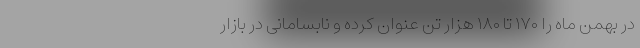
در بهمن ماه را ۱۷۰ تا ۱۸۰ هزار تن عنوان کرده و نابسامانی در بازار